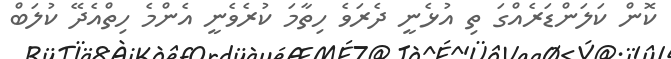
ކޮން ކަލަންޑަރެއްގަ ތި އުޅެނީ ދެރަވެ ހިތާމަ ކުރެވެނީ އެންމެ ހިތްއެދޭ ކުލަބް